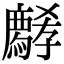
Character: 𡦱